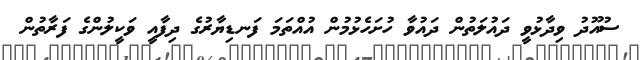
ސުއޫދު ވިދާޅުވީ ދައުލަތުން ދައުވާ ހުށަހެޅުމުން އުއްތަމަ ފަނޑިޔާރުގެ ދިފާއީ ވަކީލުންގެ ފަރާތުން